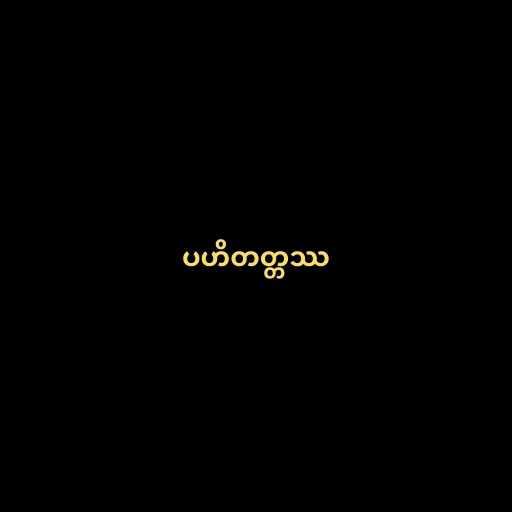
ပဟိတတ္တဿ